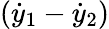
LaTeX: ({\dot{y}}_{1}-{\dot{y}}_{2})